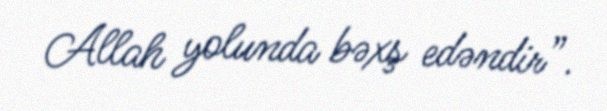
Allah yolunda bəxş edəndir”.